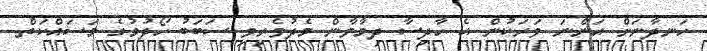
ހަނދާނަށް އަންނަ ވަރަކުން އެ ހާދިސާ ދިމާވާން މެދުވެރިވި ސަބަބު ހޯދުމުގެ މަސައްކަތް